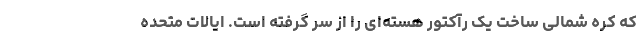
که کره شمالی ساخت یک رآکتور هسته‌ای را از سر گرفته است. ایالات متحده